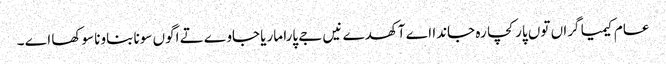
عام کیمیا گراں توں پار کچا رہ جاندا اے آکھدے نیں جے پارا ماریا جاوے تے اگوں سونا بناونا سوکھا اے ۔